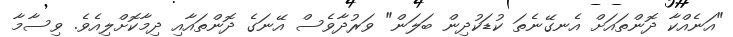
"އަނެއްކާ ދޮންތައަށް އެނގޭނެތަ ކުޑަކުދިން ބަލަން" ވަރުދާވެސް އޭނަގެ ދޮންތައާއި ދިމާކޮށްލިއެވެ. ވިސާމާ